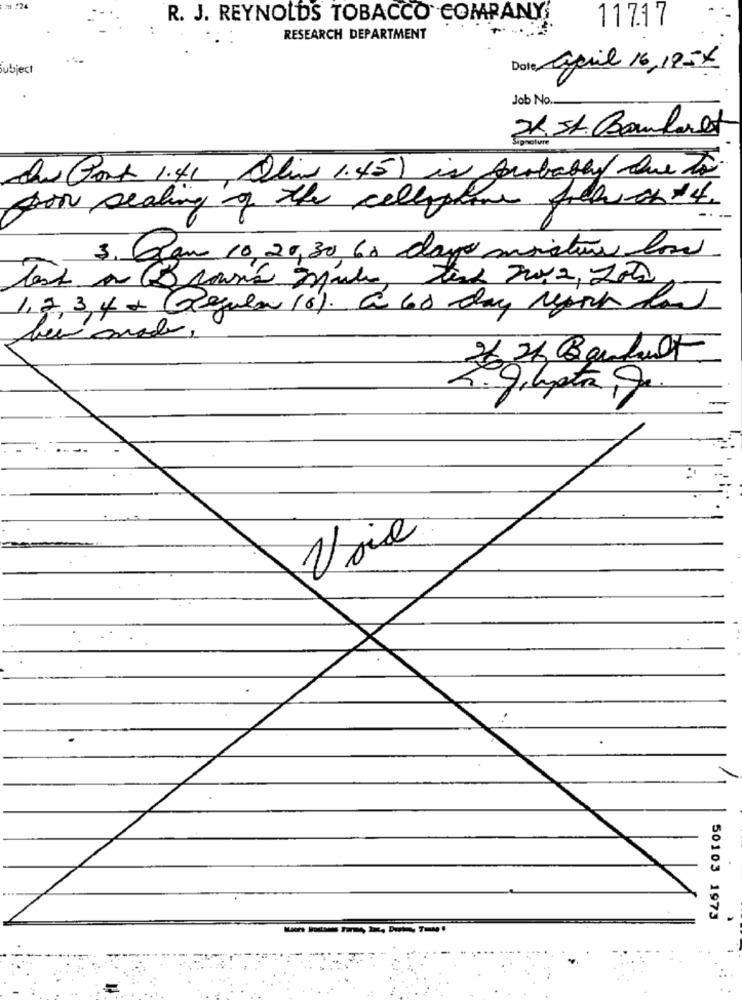
R. J. REYNOLDS TOBACCO COMPANY
11717
RESEARCH DEPARTMENT
subject
Date April 16,195X
Job No.
2K St. Comlavet
In Port 1.41, Alive 1.45) is probably Que to
Bron sealing of the cellphone fullich +4.
3. Can 10,20,30 60 day moiston low
1,2, 3,4 + Regular 16). a 60 day report land
26 26 Bankult
3. gapta Jo.
Usic
50103 1973